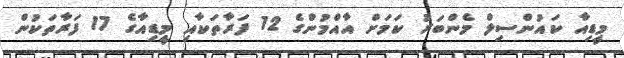
މީޑިއާ ކައުންސިލް މެންބަރު ކަމަށް އާއްމުންގެ 12 ފަރާތަކާއި މީޑިއާގެ 17 ފަރާތަކުން